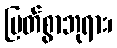
မြတ်စွာဘုရား၊